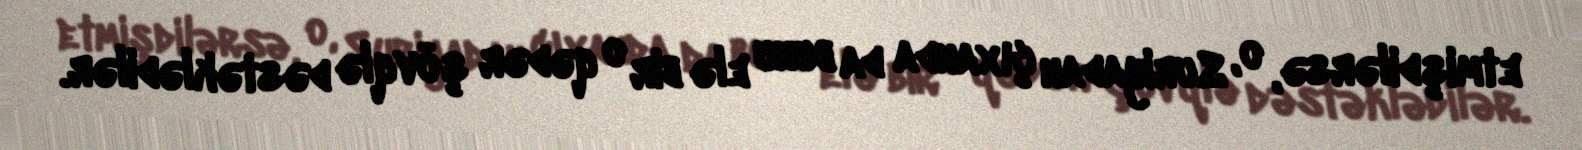
etmişdilərsə, o, Suriyadan çıxanda da bunu elə bir o qədər şövqlə dəstəklədilər.